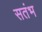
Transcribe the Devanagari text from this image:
सतंभ